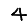
Digit: 4